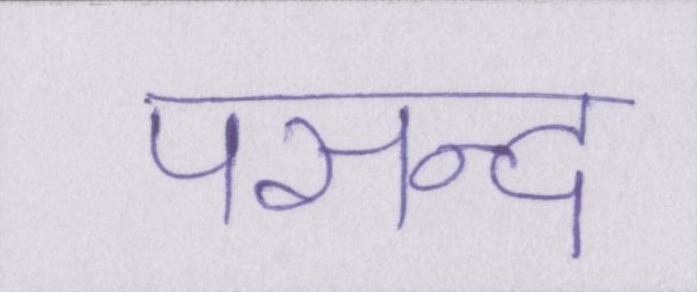
पसन्द